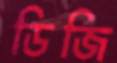
ডিজি